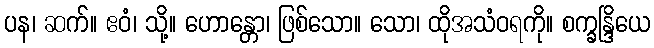
ပန၊ ဆက်။ ဧဝံ၊ သို့။ ဟောန္တော၊ ဖြစ်သော။ သော၊ ထိုအသံဝရကို။ စက္ခန္ဒြိယေ